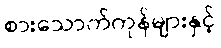
စားသောက်ကုန်များနှင့်